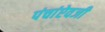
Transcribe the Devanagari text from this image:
पंचांऐवजी